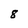
Character: 8